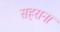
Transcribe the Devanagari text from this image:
सहराना